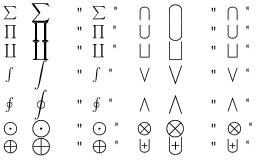
\begin{array} { c c l c c l } { \sum } & { \displaystyle \sum } & { \mathrm { ~ \verb ~ " ~ \sum ~ " ~ } } & { \bigcap } & { \displaystyle \bigcap } & { \mathrm { ~ \verb ~ " ~ \bigcap ~ " ~ } } \\ { \prod } & { \displaystyle \prod } & { \mathrm { ~ \verb ~ " ~ \prod ~ " ~ } } & { \bigcup } & { \displaystyle \bigcup } & { \mathrm { ~ \verb ~ " ~ \bigcup ~ " ~ } } \\ { \coprod } & { \displaystyle \coprod } & { \mathrm { ~ \verb ~ " ~ \coprod ~ " ~ } } & { \bigsqcup } & { \displaystyle \bigsqcup } & { \mathrm { ~ \verb ~ " ~ \bigsqcup ~ " ~ } } \\ { \int } & { \displaystyle \int } & { \mathrm { ~ \verb ~ " ~ \int ~ " ~ } } & { \bigvee } & { \displaystyle \bigvee } & { \mathrm { ~ \verb ~ " ~ \bigvee ~ " ~ } } \\ { \oint } & { \displaystyle \oint } & { \mathrm { ~ \verb ~ " ~ \oint ~ " ~ } } & { \bigwedge } & { \displaystyle \bigwedge } & { \mathrm { ~ \verb ~ " ~ \bigwedge ~ " ~ } } \\ { \bigodot } & { \displaystyle \bigodot } & { \mathrm { ~ \verb ~ " ~ \bigodot ~ " ~ } } & { \bigotimes } & { \displaystyle \bigotimes } & { \mathrm { ~ \verb ~ " ~ \bigotimes ~ " ~ } } \\ { \bigoplus } & { \displaystyle \bigoplus } & { \mathrm { ~ \verb ~ " ~ \bigoplus ~ " ~ } } & { \biguplus } & { \displaystyle \biguplus } & { \mathrm { ~ \verb ~ " ~ \biguplus ~ " ~ } } \end{array}